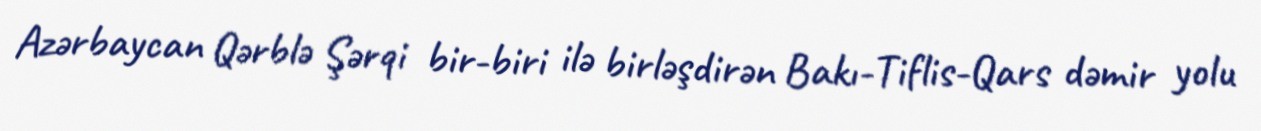
Azərbaycan Qərblə Şərqi bir-biri ilə birləşdirən Bakı-Tiflis-Qars dəmir yolu